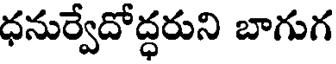
ధనుర్వేదోద్ధరుని బాగుగ